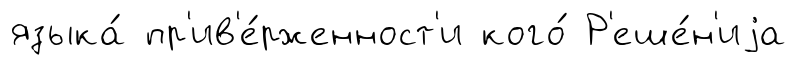
языка́ пр'ив'е́рженност'и кого́ Р'еше́н'иjа